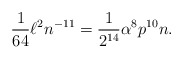
\begin{align*} \frac{1}{64} \ell^2 n^{-11} = \frac{1}{2^{14}} \alpha^8 p^{10} n.\end{align*}